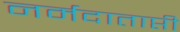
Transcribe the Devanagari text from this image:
नर्मदाताप्ती